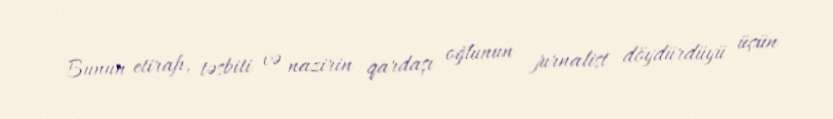
Bunun etirafı, təsbiti və nazirin qardaşı oğlunun jurnalist döydürdüyü üçün